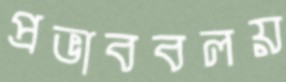
প্রভাববলয়